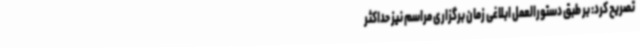
تصریح کرد: بر طبق دستورالعمل ابلاغی زمان برگزاری مراسم نیز حداکثر